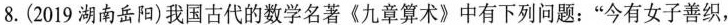
8.(2019湖南岳阳)我国古代的数学名著《九章算术》中有下列问题：”今有女子善织，